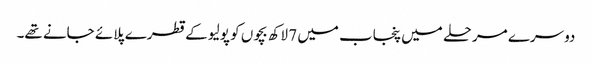
دوسرے مرحلے میں پنجاب میں 7 لاکھ بچوں کو پولیو کے قطرے پلائے جانے تھے۔